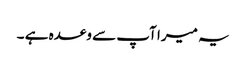
یہ میرا آپ سے وعدہ ہے ۔